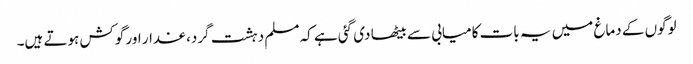
لوگوں کے دماغ میں یہ بات کامیابی سے بیٹھا دی گئی ہے کہ مسلم دہشت گرد، غدار اور گوکش ہوتے ہیں۔